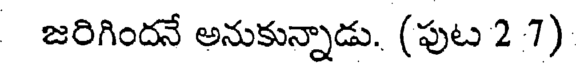
జరిగిందనే అనుకున్నాడు. (పుట 2 7)